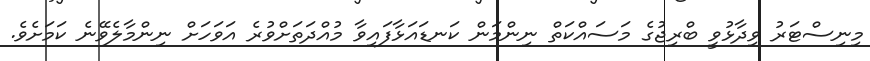
މިނިސްޓަރު ވިދާޅުވީ ބްރިޖުގެ މަސައްކަތް ނިންމަން ކަނޑައަޅާފައިވާ މުއްދަތަށްވުރެ އަވަހަށް ނިންމާލެވޭނެ ކަމަށެވެ.